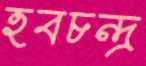
হবচন্দ্র